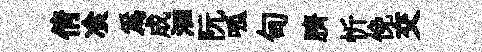
倩飡為成洄阮呱甸臍忻俛交